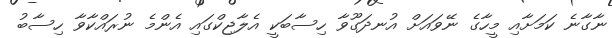
ނާގާނެ ކަމަށާއި މީހާގެ ނޭވައަށް އުނދަގޫވާ ހިސާބަކީ އެލާޖިކްގައި އެންމެ ނުރައްކާވާ ހިސާބު